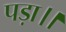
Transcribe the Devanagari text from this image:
पड़ा।।